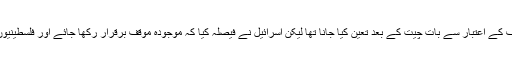
اوسلو دوم کا مطلب ایک عارضی انتظام تھا اور آخر کار موقف کے اعتبار سے بات چیت کے بعد تعین کیا جانا تھا لیکن اسرائیل نے فیصلہ کیا کہ موجودہ موقف برقرار رکھا جائے اور فلسطینیوں کو پانی کی سربراہی اسرائیل کی بہ نسبت کم کردی جائے ۔